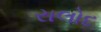
રાલોદ